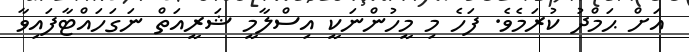
އަށް ޙަމްދު ކުރަމެވެ. ފަހެ މި މީހުންނަކީ އިސްލާމީ ޝަރީއަތް ނަގަހައްޓާފައިވާ